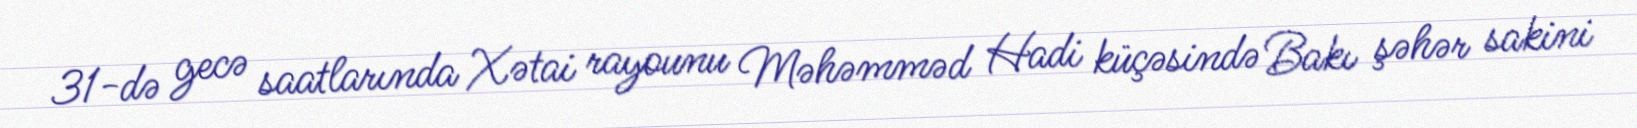
31-də gecə saatlarında Xətai rayounu Məhəmməd Hadi küçəsində Bakı şəhər sakini